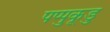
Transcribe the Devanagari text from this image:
पप्पुकूडु